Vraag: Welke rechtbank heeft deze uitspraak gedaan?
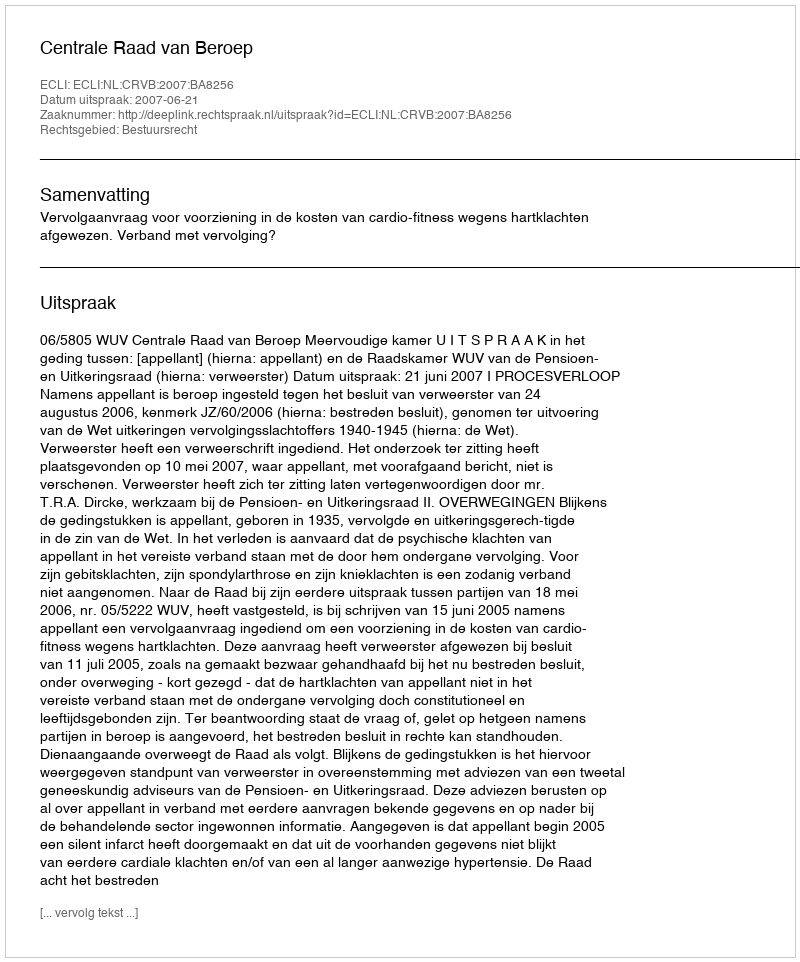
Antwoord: Centrale Raad van Beroep